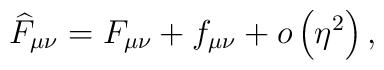
\widehat{F}_{\mu \nu }=F_{\mu \nu }+f_{\mu \nu }+o\left( \eta ^{2}\right) ,